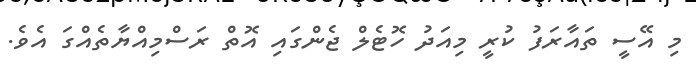
މި އޭސީ ތައާރަފު ކުރީ މިއަދު ހޮޓެލް ޖެންގައި އޮތް ރަސްމިއްޔާތެއްގަ އެވެ.